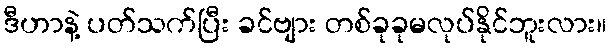
ဒီဟာနဲ့ ပတ်သက်ပြီး ခင်ဗျား တစ်ခုခုမလုပ်နိုင်ဘူးလား။